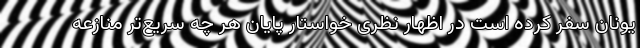
یونان سفر کرده است در اظهار نظری خواستار پایان هر چه سریع‌تر منازعه